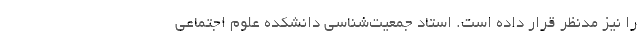
را نیز مدنظر قرار داده است. استاد جمعیت‌شناسی دانشکده علوم اجتماعی